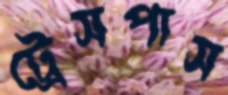
ট্রেসপাস